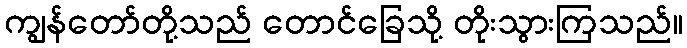
ကျွန်တော်တို့သည် တောင်ခြေသို့ တိုးသွားကြသည်။